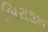
બિરાજીત